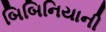
બિબિનિયાની